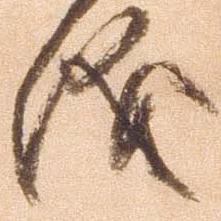
儀